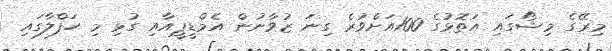
މިރޭގެ މިޝޯގައި އަތޮޅުގެ 100އަށްވުރެ ގިނަ ޒުވާނުން އެމްޑީޕީއާއި ގުޅި މި ޙަފްލާގައި